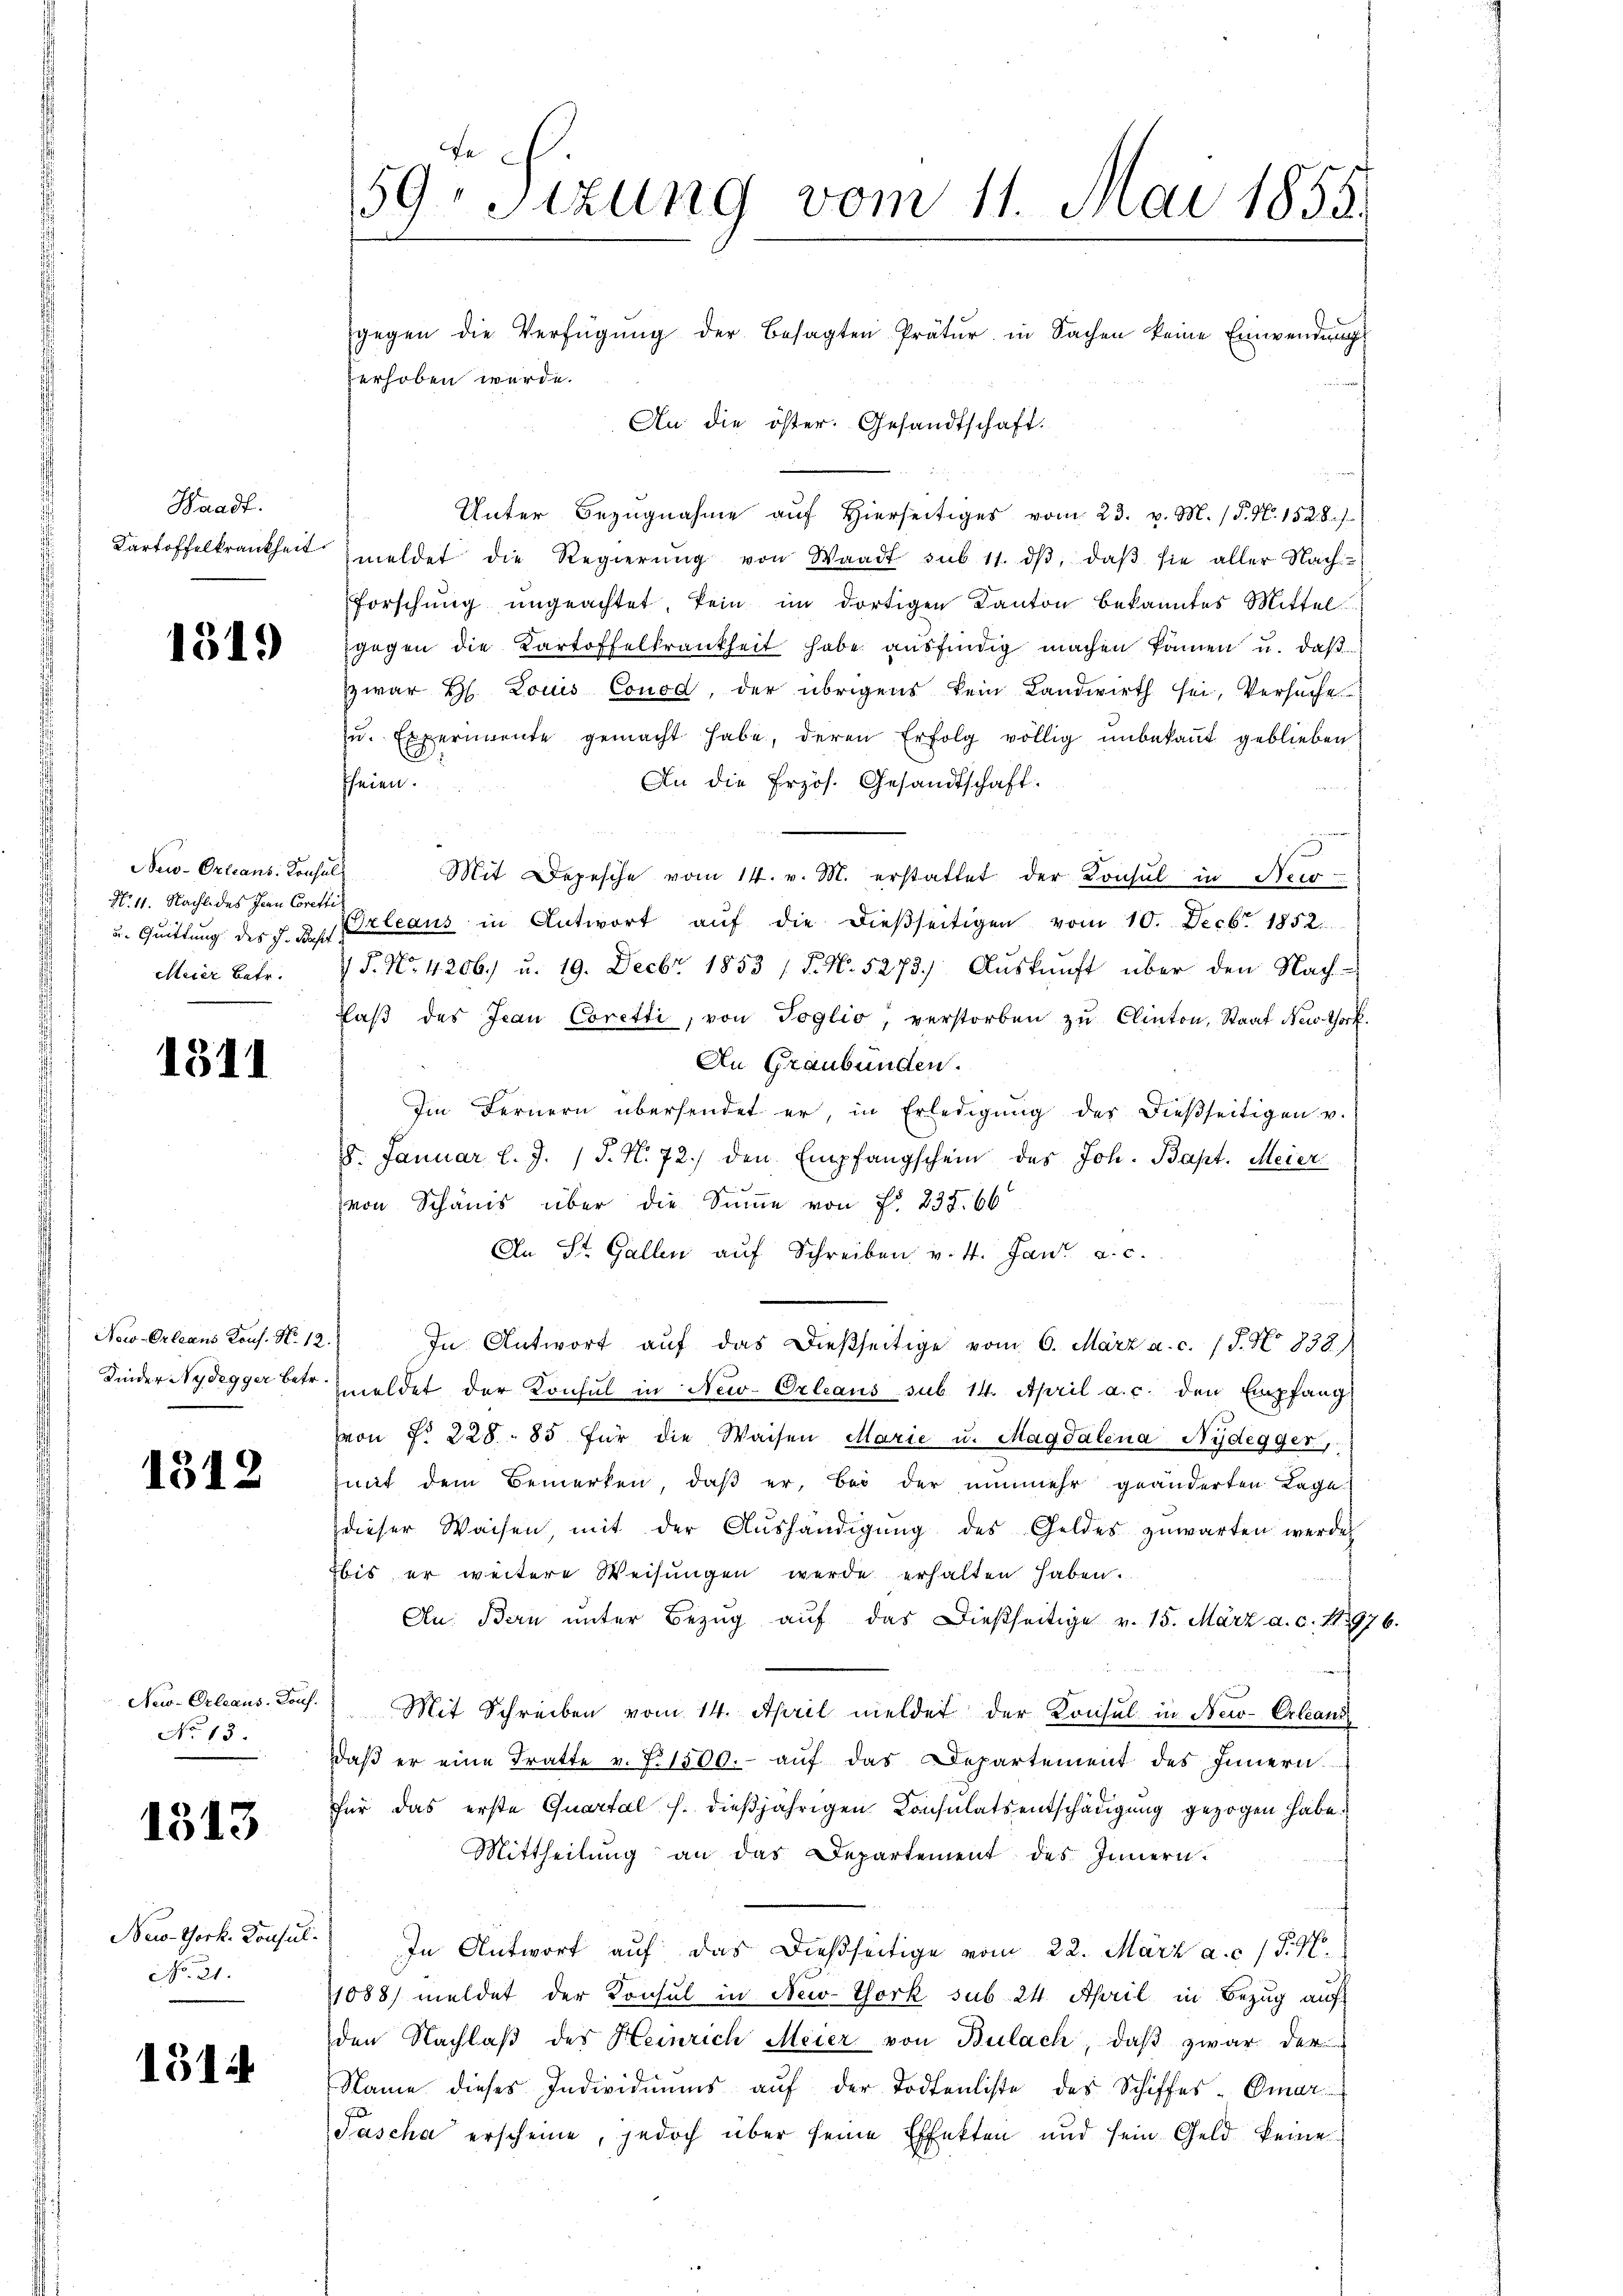
Waadt.
Kartoffelkrankheit.

1519

New-Orleans. Konsul
No. 11. Nacht des Jean Corette
u. Quittung des J. Bapt.
ellerer Betr.

1311

Now-Orleans Kons. N. 12.
Kinder Nydegger betr.

1312

New-Orleaus. Dorf.
No 13.

1513

New-York. Konsul
No. 21.

1314

59. Sizung vom 11. Mai 1855.
gegen die Verfügŭng der besagten Prätur in Sachen keine Einwendung
verhoben werde.
An die öster. Gesandtschaft.

Unter Bezugnahme auf Hierseitiges vom 23. v. M. (T. N. 1528./
meldet die Regierŭng von Waadt sub 11. dβ, daβ sie aller Nach-
forschŭng ungeachtet, kein im dortigen Kanton bekanntes Mittel
gegen die Kartoffelkrankheit habe ausfindig machen können u. daß
zwar H. Louis Conod, der übrigens kein Landwirth sei, Versuche
zu. Experimente gemacht habe, deren Erfolg völlig unbekaṅt geblieben
An die Przös. Gesandtschaft.
heien.
Mit Depesche vom 14. v. M. erstattet der Konsul in Neu
Orleaus in Antwort aŭf die dießseitigen vom 10. Decbr. 1852.
15. No. 4206) u. 19. Decbr. 1853 /T. N. 5273. Auskunft über den Nachfaβ des Jean Coretti, von Toglio, verstorben zŭ Clinton, Staat New York
An Graubünden.
Im Fernern übersendet er, in Erledigŭng der dießseitigen u.
8. Januar l. J. J. N. 72./ den Empfangschein des Joh. Bapt. Meier
von Schanis über die Sinne von Fr. 235. 66
An St. Gallen auf Schreiben v. 4. Jan. a. c.
In Antwort aŭf das dießseitige vom 6. März a.c. (T. No 838.)
meldet der Konsul in New-Orleaus sub 14. April a. c. den Empfang
von No. 228. 85 für die Waisen Marie u. Magdalena Nydegger,
mit dem Bemerken, daß er, bei der nunmehr geänderten Lage
dieser Waisen, mit der Aŭshändigŭng des Geldes zŭwarten werde,
bis er weitere Weisungen werde erhalten haben.
An. Bern unter Bezŭg aŭf das dießseitige v. 15. März a. c. S. 1976.
Mit Schreiben vom 14. April meldet der Konsul in New-Orleans
daβ er eine Tratte v. 7. 1500.- aŭf das Departement des Innern
für das erste Quartal h. dießjährigen Consulatsentschädigung gezogen habe
Mittheilŭng an das Departement des Innern.
In Antwort auf das dießseitige vom 22. März a. c. 15. No
1088) meldet der Konsul in New-York sub 24. April in Bezug auf
den Nachlaß des Heinrich Meier von Bulach, daß zwar der
Name dieses Individuums auf der Todtenliste des Schiffes-Omar
Pascha erscheine, jedoch über seine Effekten und sein Geld keine